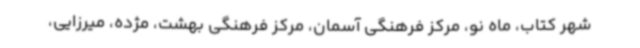
شهر کتاب، ماه نو، مرکز فرهنگی آسمان، مرکز فرهنگی بهشت، مژده، میرزایی،